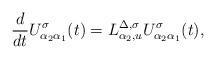
LaTeX: \begin{align*} \frac{d}{dt} U^\sigma_{\alpha_2 \alpha_1}(t) = L^{\Delta, \sigma}_{\alpha_2,u} U^\sigma_{\alpha_2 \alpha_1}(t),\end{align*}